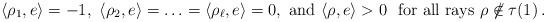
LaTeX: \begin{align*} \langle \rho_1,e\rangle=-1,\ \langle \rho_2,e\rangle=\ldots= \langle \rho_\ell,e\rangle=0,\mbox{ and } \langle \rho,e\rangle>0\ \mbox{ for all rays }\rho\not\notin\tau(1)\,. \end{align*}